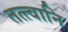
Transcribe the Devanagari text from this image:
तत्त्वानि